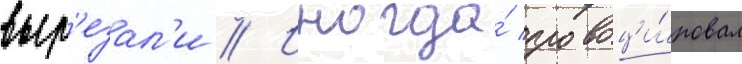
выр'езал'и // Иногда́ провоци́ровал